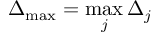
\Delta _ { \operatorname* { m a x } } = \operatorname* { m a x } _ { j } \Delta _ { j }